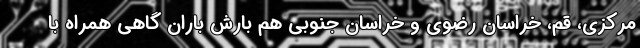
مرکزی، قم، خراسان رضوی و خراسان جنوبی هم بارش باران گاهی همراه با